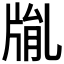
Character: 𤗅